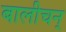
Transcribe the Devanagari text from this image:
बालीचन्